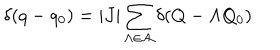
LaTeX: \delta ( q - q _ { 0 } ) = \vert J \vert \sum _ { \Lambda \in { \cal A } } \delta ( Q - \Lambda Q _ { 0 } )